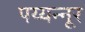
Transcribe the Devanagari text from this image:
पय्यन्नूर